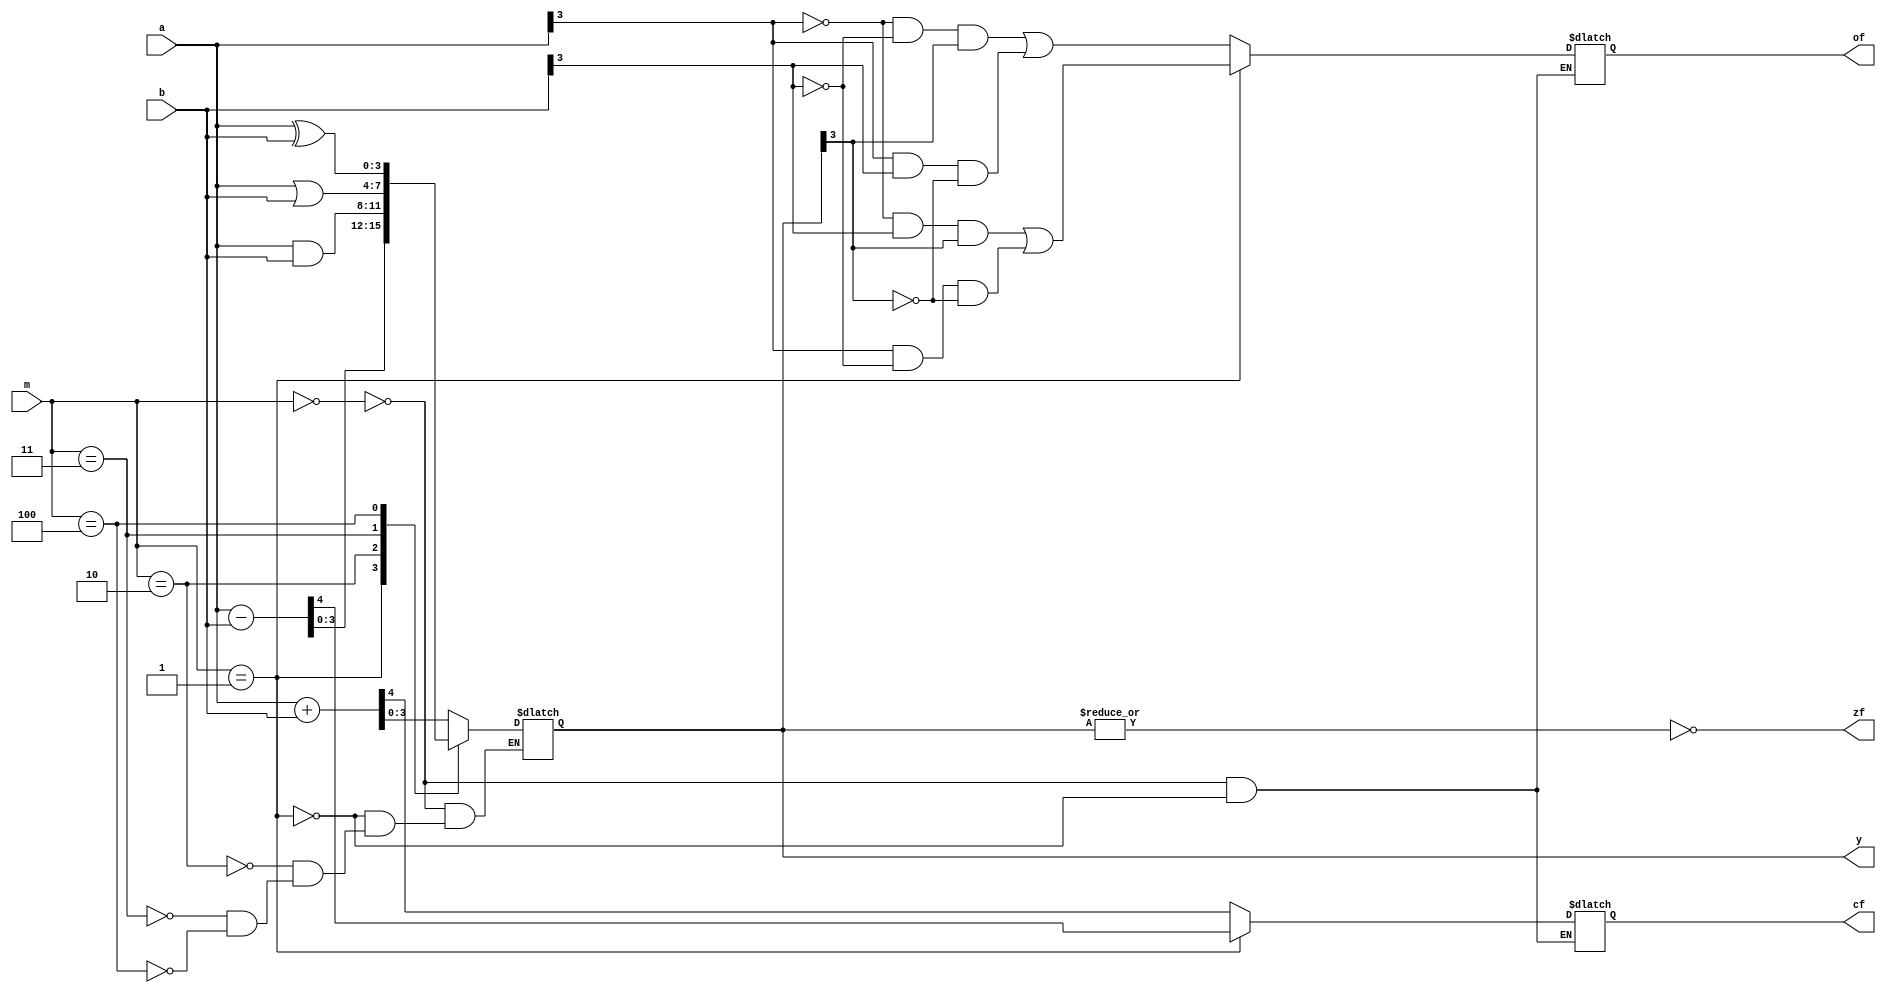
module alu
#(parameter WIDTH = 4) 	//
(output [WIDTH-1:0] y, 		//
output zf, 					//
output cf, 					///
output of, 					//
input [WIDTH-1:0] a, b,		//
input [2:0]m						//
);
reg cf_r,of_r;
reg [WIDTH-1:0]y_r;
assign  zf=~|y;
assign  y=y_r;
assign  cf=cf_r;
assign  of=of_r;
always@(*) begin
    case (m)
        3'b000: begin 
            {cf_r, y_r} = a + b;
            of_r = (~a[WIDTH-1] & ~b[WIDTH-1] & y[WIDTH-1]) | (a[WIDTH-1] & b[WIDTH-1] & ~y[WIDTH-1]) ;
        end
        3'b001: begin 
            {cf_r, y_r} = a - b;
            of_r = (~a[WIDTH-1] & b[WIDTH-1] & y[WIDTH-1]) | (a[WIDTH-1] & ~b[WIDTH-1] & ~y[WIDTH-1]) ;
        end
        3'b010: begin 
            y_r=a&b;
        end
        3'b011: begin 
            y_r=a|b;
        end
        3'b100: begin 
            y_r=a^b;
        end
        default: begin
        end
    endcase
end

endmodule